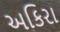
અકિરા